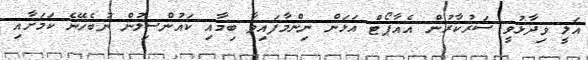
އަލީ ވިދާޅުވީ ސަރުކާރުން އެއާޕޯޓް އަޅަން ނިންމާފައިވާ ބިމާއި ކައުންސިލުން ނުބެހޭނެ ކަމަށާއި